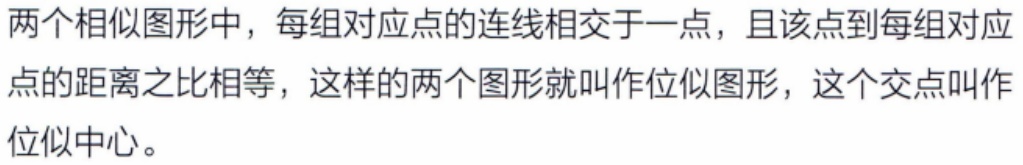
两个相似图形中，每组对应点的连线相交于一点，且该点到每组对应点的距离之比相等，这样的两个图形就叫作位似图形，这个交点叫作位似中心。